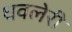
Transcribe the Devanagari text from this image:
धवलेरी